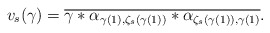
\begin{align*} v_s(\gamma) = \overline{ \gamma*\alpha_{\gamma(1),\zeta_s(\gamma(1))}* \alpha_{\zeta_s(\gamma(1)),\gamma(1)}}.\end{align*}